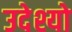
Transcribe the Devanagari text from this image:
उदेश्यो